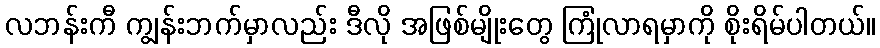
လဘန်းကီ ကျွန်းဘက်မှာလည်း ဒီလို အဖြစ်မျိုးတွေ ကြုံလာရမှာကို စိုးရိမ်ပါတယ်။